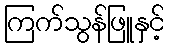
ကြက်သွန်ဖြူနှင့်